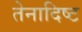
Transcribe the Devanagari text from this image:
तेनादिष्ट